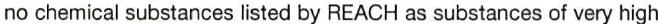
no chemical substances listed by REACH as substances of very high